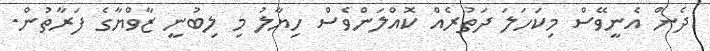
ދެން އެނީވޭސް މިކަހަލަ ދަތުރެއް ކޮއްލަންވެސް ހިޔާލު މި ލިބުނީ ޒާވްޔާގެ ފަރާތުން.